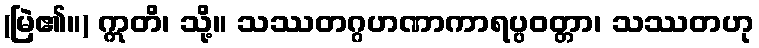
(မြဲ၏။) ဣတိ၊ သို့။ သဿတဂ္ဂဟဏာကာရပ္ပဝတ္တာ၊ သဿတဟု